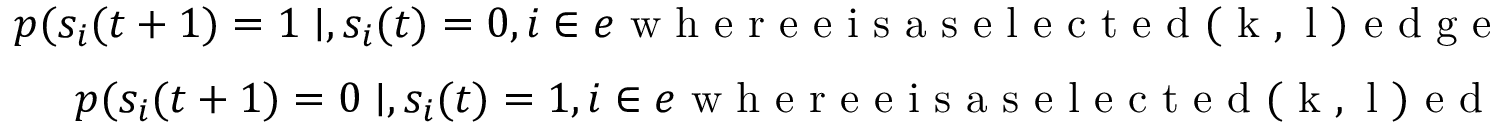
\begin{array} { r } { p ( s _ { i } ( t + 1 ) = 1 \mid , s _ { i } ( t ) = 0 , i \in e \mathrm { ~ w ~ h ~ e ~ r ~ e ~ e ~ i ~ s ~ a ~ s ~ e ~ l ~ e ~ c ~ t ~ e ~ d ~ ( ~ k ~ , ~ l ~ ) ~ e ~ d ~ g ~ e ~ } ) = \frac { b ( l - k ) ^ { 2 } } { l } } \\ { p ( s _ { i } ( t + 1 ) = 0 \mid , s _ { i } ( t ) = 1 , i \in e \mathrm { ~ w ~ h ~ e ~ r ~ e ~ e ~ i ~ s ~ a ~ s ~ e ~ l ~ e ~ c ~ t ~ e ~ d ~ ( ~ k ~ , ~ l ~ ) ~ e ~ d ~ g ~ e ~ } ) = \frac { b k ^ { 2 } } { l } } \end{array}